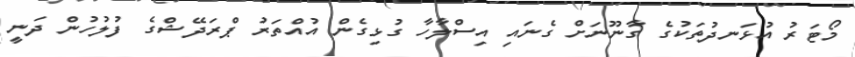
މޯޓަރު އުޅަނދުތަކުގެ ގާނޫނަށް ގެނައި އިސްލާހާ ގުޅިގެން އުއްތަރު ޕްރަދޭޝްގެ ފުލުހުން ދަނީ